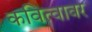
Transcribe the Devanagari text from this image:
कवित्वावर